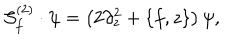
{ \cal S } _ { f } ^ { ( 2 ) } \cdot \psi = \left( 2 \partial _ { z } ^ { 2 } + \{ f , z \} \right) \psi ,